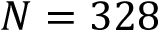
N = 3 2 8